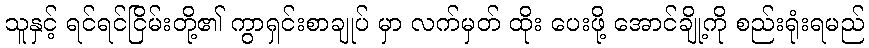
သူနှင့် ရင်ရင်ငြိမ်းတို့၏ ကွာရှင်းစာချုပ် မှာ လက်မှတ် ထိုး ပေးဖို့ အောင်ချို့ကို စည်းရုံးရမည်